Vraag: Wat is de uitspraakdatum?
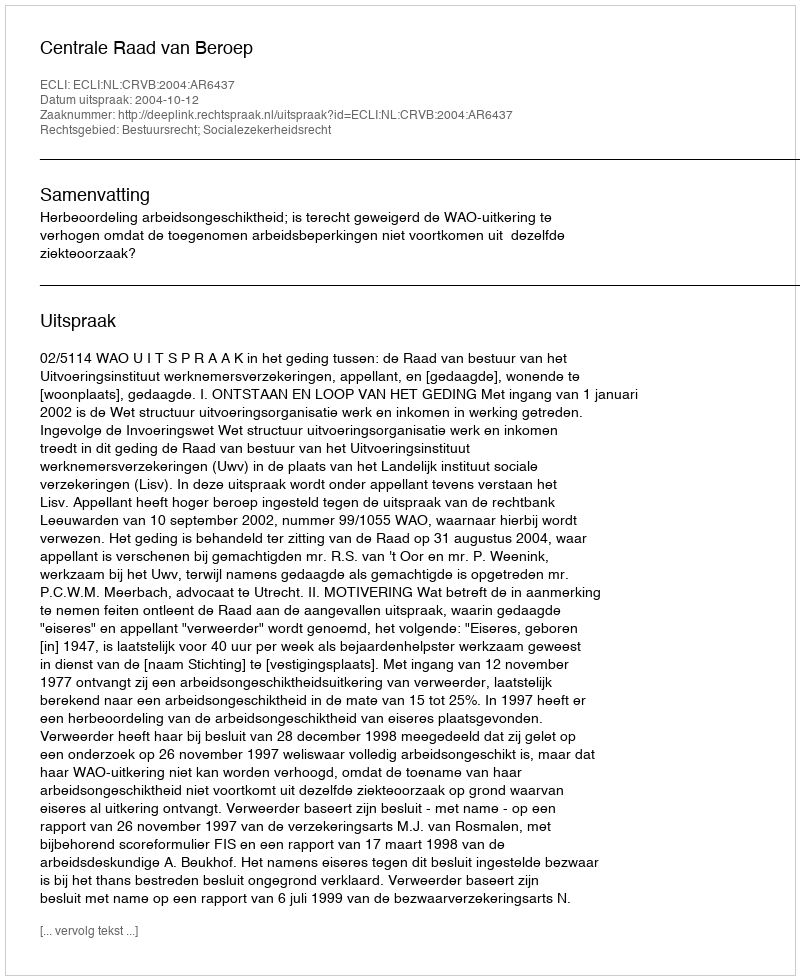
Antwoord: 2004-10-12